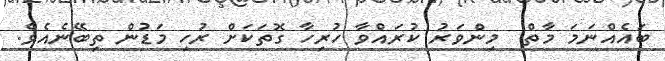
ބައެއްނަމަ މާތް  މިންވަރު ކުރައްވާ ހުރިހާ ގޮތަކަށް ރުހި މަޑުން ތިބޭނެއެވެ.